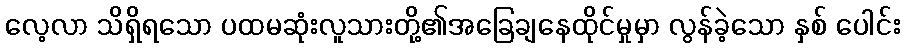
လေ့လာ သိရှိရသော ပထမဆုံးလူသားတို့၏အခြေချနေထိုင်မှုမှာ လွန်ခဲ့သော နှစ် ပေါင်း